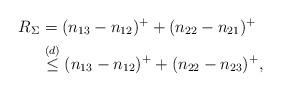
LaTeX: \begin{align*}R_{\Sigma} &= (n_{13}-n_{12})^+ + (n_{22}-n_{21})^+\\&\overset{(d)}{\leq} (n_{13}-n_{12})^+ + (n_{22}-n_{23})^+,\end{align*}